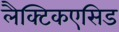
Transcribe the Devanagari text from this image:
लैक्टिकएसिड